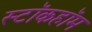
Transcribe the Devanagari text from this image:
स्टॉकहॉम